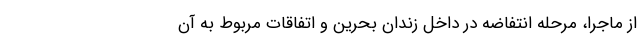
از ماجرا، مرحله انتفاضه در داخل زندان بحرین و اتفاقات مربوط به آن